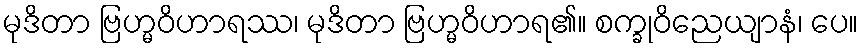
မုဒိတာ ဗြဟ္မဝိဟာရဿ၊ မုဒိတာ ဗြဟ္မဝိဟာရ၏။ စက္ခုဝိညေယျာနံ၊ ပေ။